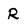
Character: R